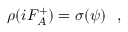
\rho ( i F _ { A } ^ { + } ) = \sigma ( \psi ) ~ ~ ,